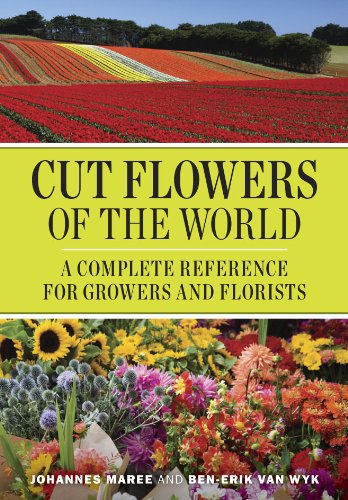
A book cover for Cut Flowers of the World: A Complete Reference for Growers and Florists; Johannes Maree; Crafts, Hobbies & Home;